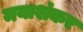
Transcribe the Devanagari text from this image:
मयाशंकर